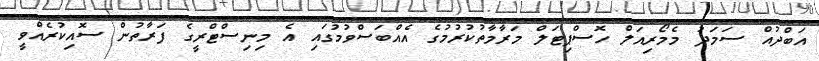
އަބްދުއް ސަމަދު މެމޯރިއަލް ހޮސްޕިޓަލް މަރާމާތުކުރުމުގެ އެއްބަސްވުމުގައި އެ މިނިސްޓްރީގެ ފަރާތުން ސޮއިކުރެއްވީ